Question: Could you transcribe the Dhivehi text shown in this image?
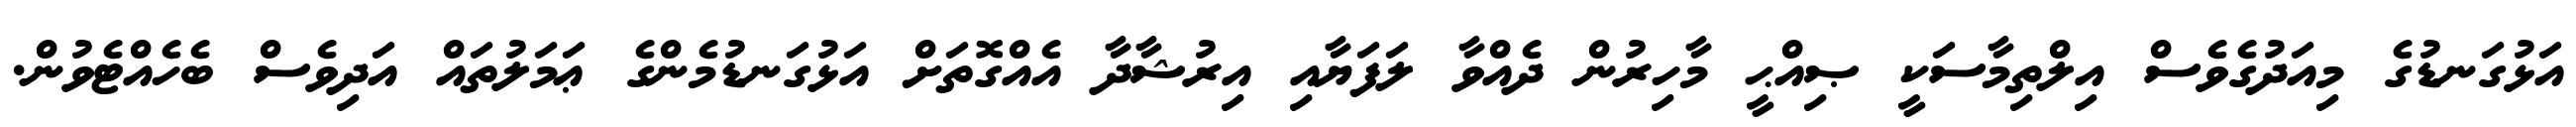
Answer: އަޅުގަނޑުގެ މިއަދުގެވެސް އިލްތިމާސަކީ ޞިއްޙީ މާހިރުން ދެއްވާ ލަފަޔާއި އިރުޝާދާ އެއްގޮތަށް އަޅުގަނޑުމެންގެ ޢަމަލުތައް އަދިވެސް ބެހެއްޓެވުން.